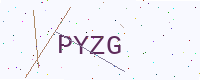
Text: PYZG